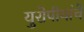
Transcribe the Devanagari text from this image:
युरोपीयांचे